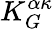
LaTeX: K_{G}^{\alpha\kappa}